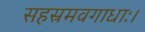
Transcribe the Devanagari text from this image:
सहस्रमवगाधाः।